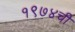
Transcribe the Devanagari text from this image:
१९७४ची